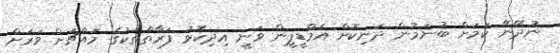
ނުދޭނޭ ކަމަށް ބުނަމުން ދަނިކޮށް އެމްޑީޕީން ވަނީ އިދިކޮޅު ފަރާތްތަކުގެ މައްޗަށް ވަރަށް